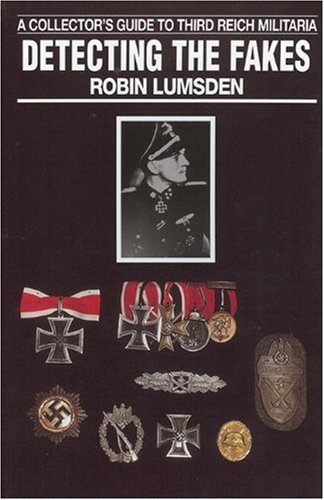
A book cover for Detecting the Fakes; Robin Lumsden; Crafts, Hobbies & Home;